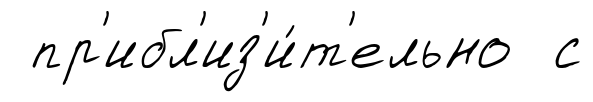
пр'ибл'из'и́т'ельно с